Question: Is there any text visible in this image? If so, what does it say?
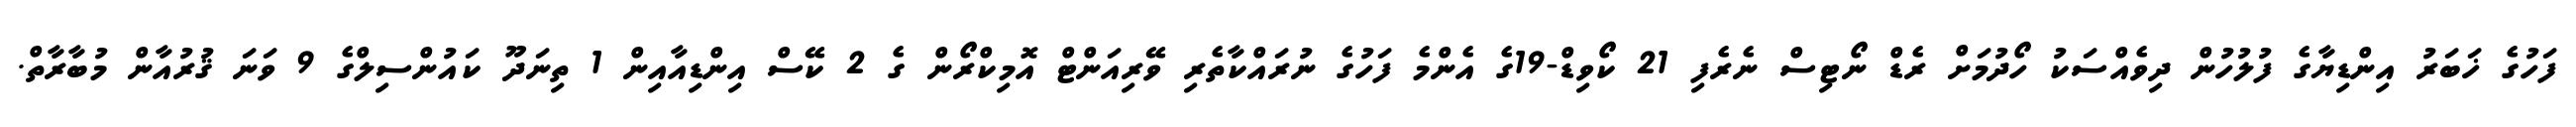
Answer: ފަހުގެ ޚަބަރު އިންޑިޔާގެ ފުލުހުން ދިވެއްސަކު ހޯދުމަށް ރެޑް ނޯޓިސް ނެރެފި 21 ކޯވިޑް-19ގެ އެންމެ ފަހުގެ ނުރައްކާތެރި ވޭރިއަންޓް އޮމިކްރޯން ގެ 2 ކޭސް އިންޑިއާއިން 1 ތިނަދޫ ކައުންސިލްގެ 9 ވަނަ ޤުރުއާން މުބާރާތް.